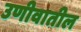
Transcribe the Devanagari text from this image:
उणीवातील